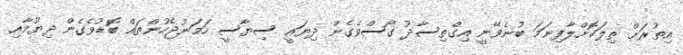
އިތުރަށް ތިލަކޮށްލާފިނަމަ ބުނެވޭނީ އިގްތިސާދު ގޯސްވެގެން ދިޔައީ ސިޔާސީ ހަމަނުޖެހުންތައް ބޮޑުވެގެން ދިޔުމާއި